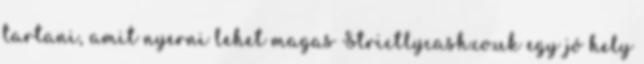
tartani, amit nyerni lehet magas Strictlycash.co.uk egy jó hely